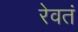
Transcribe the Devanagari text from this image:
रेवतं